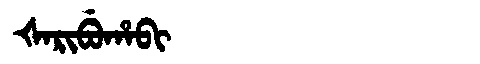
Manchu: ᡧᠠᡵᡳᠪᡠᡥᠠᠪᡳ
Romanization: ŠARIBUHABI